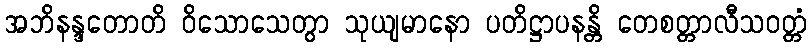
အဘိနန္ဒတောတိ ဝိသောသေတွာ သုယျမာနော ပတိဋ္ဌာပနန္တိ တေစတ္တာလီသဝတ္တံ